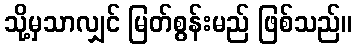
သို့မှသာလျှင် မြတ်စွန်းမည် ဖြစ်သည်။